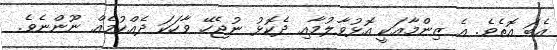
އެބަ އޮތެވެ. އެ ޒިންމާއަކީ އޮޅުވާލުމާއި ދެކޮޅު ނުޖެހޭ ވާހަކަ ދެއްކުމެއް ނޫންނެވެ.